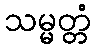
သမ္မတ္တံ